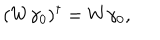
LaTeX: ( W \gamma _ { 0 } ) ^ { \dagger } = W \gamma _ { 0 } ,